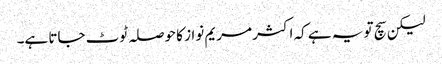
لیکن سچ تو یہ ہے کہ اکثر مریم نواز کا حوصلہ ٹوٹ جاتا ہے۔